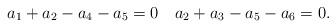
LaTeX: \begin{align*}a_1+a_2-a_4-a_5=0 \quad a_2+a_3-a_5-a_6=0.\end{align*}